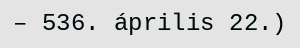
– 536. április 22.)